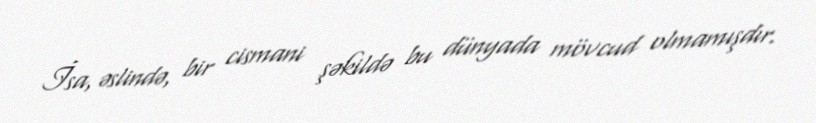
İsa, əslində, bir cismani şəkildə bu dünyada mövcud olmamışdır.